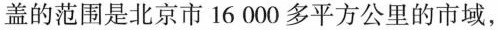
盖的范围是北京市16000多平方公里的市域，